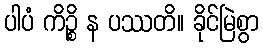
ပါပံ ကိဉ္စိ န ပဿတိ။ ခိုင်မြဲစွာ